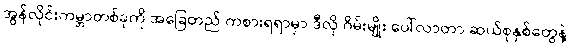
အွန်လိုင်းကမ္ဘာတစ်ခုကို အခြေတည် ကစားရရာမှာ ဒီလို ဂိမ်းမျိုး ပေါ်လာတာ ဆယ်စုနှစ်တွေနဲ့